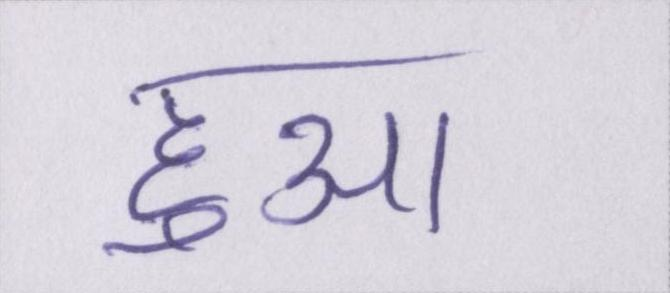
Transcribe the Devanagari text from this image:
हुआ।